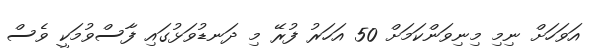
އަވަހަށް ނިމި މިނިވަންކަމަށް 50 އަހަރު ފުރޭ މި ދަނޑުވަޅުގައި ފާސްވުމަކީ ވެސް